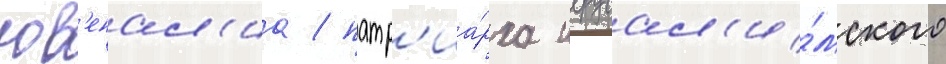
юв'енал'иа / патр'иа́рха иерусал'и́мского